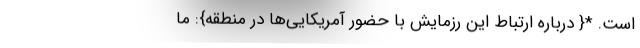
است. *{ درباره ارتباط این رزمایش با حضور آمریکایی‌ها در منطقه}: ما